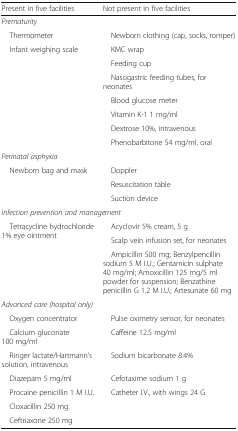
<table><thead><tr><td><b>Present in five facilities</b></td><td><b>Not present in five facilities</b></td></tr></thead><tbody><tr><td colspan="2"><i>Prematurity</i></td></tr><tr><td> Thermometer</td><td> Newborn clothing (cap, socks, romper)</td></tr><tr><td rowspan="7"> Infant weighing scale</td><td> KMC wrap</td></tr><tr><td> Feeding cup</td></tr><tr><td> Nasogastric feeding tubes, for neonates</td></tr><tr><td> Blood glucose meter</td></tr><tr><td> Vitamin K-1 1 mg/ml</td></tr><tr><td> Dextrose 10%, intravenous</td></tr><tr><td> Phenobarbitone 54 mg/ml, oral</td></tr><tr><td colspan="2"><i>Perinatal asphyxia</i></td></tr><tr><td rowspan="3"> Newborn bag and mask</td><td> Doppler</td></tr><tr><td> Resuscitation table</td></tr><tr><td> Suction device</td></tr><tr><td colspan="2"><i>Infection prevention and management</i></td></tr><tr><td rowspan="3"> Tetracycline hydrochloride 1% eye ointment</td><td> Acyclovir 5% cream, 5 g</td></tr><tr><td> Scalp vein infusion set, for neonates</td></tr><tr><td> Ampicillin 500 mg; Benzylpencillin sodium 5 M I.U.; Gentamicin sulphate 40 mg/ml; Amoxicillin 125 mg/5 ml powder for suspension; Benzathine penicillin G 1.2 M I.U.; Artesunate 60 mg</td></tr><tr><td colspan="2"><i>Advanced care (hospital only)</i></td></tr><tr><td> Oxygen concentrator</td><td> Pulse oximetry sensor, for neonates</td></tr><tr><td> Calcium gluconate 100 mg/ml</td><td> Caffeine 12.5 mg/ml</td></tr><tr><td> Ringer lactate/Hartmann’s solution, intravenous</td><td> Sodium bicarbonate 8.4%</td></tr><tr><td> Diazepam 5 mg/ml</td><td> Cefotaxime sodium 1 g</td></tr><tr><td> Procaine penicillin 1 M I.U.</td><td> Catheter I.V., with wings 24 G</td></tr><tr><td colspan="2"> Cloxacillin 250 mg</td></tr><tr><td colspan="2"> Ceftriaxone 250 mg</td></tr></tbody></table>